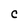
Character: C